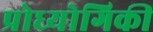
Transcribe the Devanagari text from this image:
प्रोध्योगिकी